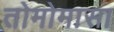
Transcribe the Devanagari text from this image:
तोमोमासा